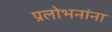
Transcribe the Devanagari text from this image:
प्रलोभनांना